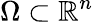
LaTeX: \Omega\subset\mathbb{R}^{n}